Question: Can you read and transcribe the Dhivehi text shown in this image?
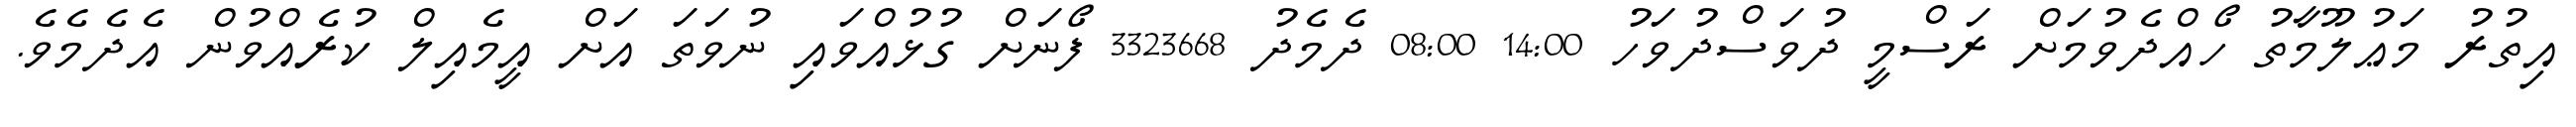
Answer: އިތުރު މަޢުލޫމާތު ހޯއްދެވުމަށް ރަސްމީ ދުވަސްދުވަހު 14:00 08:00 ދެމެދު 3323668 ފޯނަށް ގުޅުއްވައި ނުވަތަ އަށް އީމެއިލް ކުރެއްވުން އެދެމެވެ.